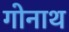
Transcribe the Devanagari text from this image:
गोनाथ